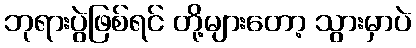
ဘုရားပွဲဖြစ်ရင် တို့များတော့ သွားမှာပဲ